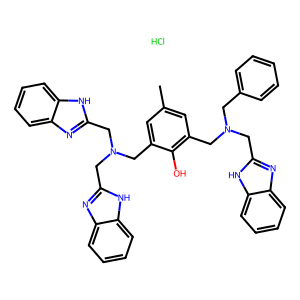
SMILES: Cc1cc(CN(Cc2ccccc2)Cc2nc3ccccc3[nH]2)c(O)c(CN(Cc2nc3ccccc3[nH]2)Cc2nc3ccccc3[nH]2)c1.Cl
Inhibits HIV replication: No